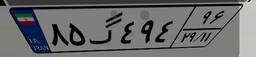
۸۵گ۴۹۴۹۶